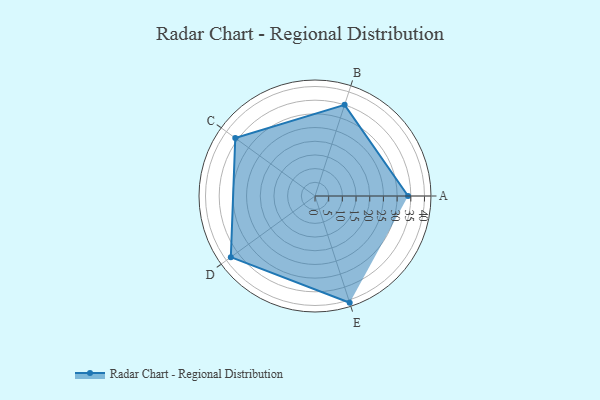
{"axis": {"x": "Skill", "y": "Score"}, "legend": ["Profile"], "data": [{"x": "A", "y": 34.0, "type": "Profile"}, {"x": "B", "y": 35.0, "type": "Profile"}, {"x": "C", "y": 36.0, "type": "Profile"}, {"x": "D", "y": 38.0, "type": "Profile"}, {"x": "E", "y": 41.0, "type": "Profile"}]}